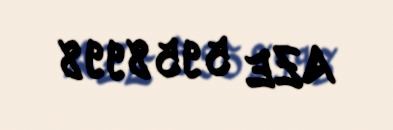
AZE 5958998